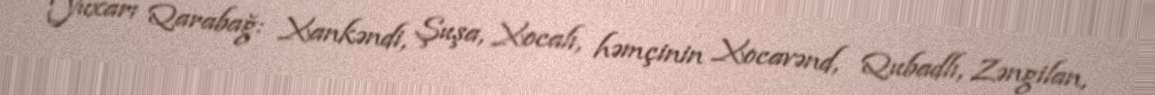
Yuxarı Qarabağ: Xankəndi, Şuşa, Xocalı, həmçinin Xocavənd, Qubadlı, Zəngilan,